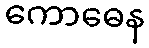
ကောဓေန